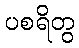
ပစရိတွ